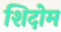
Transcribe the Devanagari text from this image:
शिदोम